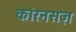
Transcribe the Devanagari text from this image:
कांरनसज़